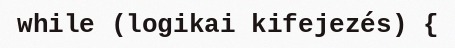
while (logikai kifejezés) {